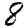
Digit: 8